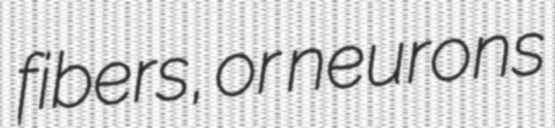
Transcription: fibers, or neurons